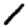
Digit: 1